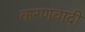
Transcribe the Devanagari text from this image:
करणवादी